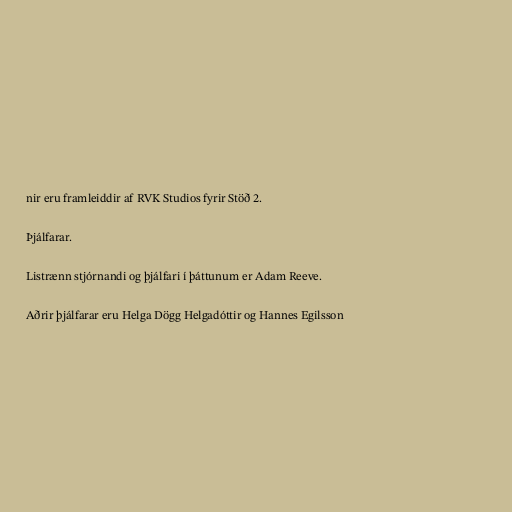
nir eru framleiddir af RVK Studios fyrir Stöð 2.

Þjálfarar.

Listrænn stjórnandi og þjálfari í þáttunum er Adam Reeve.

Aðrir þjálfarar eru Helga Dögg Helgadóttir og Hannes Egilsson